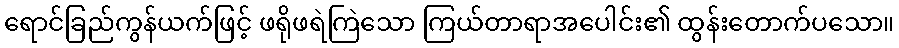
ရောင်ခြည်ကွန်ယက်ဖြင့် ဖရိုဖရဲကြဲသော ကြယ်တာရာအပေါင်း၏ ထွန်းတောက်ပသော။